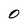
Character: O